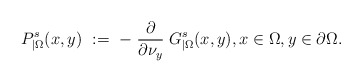
\begin{align*}P_{|\Omega}^s(x,y)\ :=\ -\left.\frac{\partial}{\partial\nu_y}\right. G^s_{|\Omega}(x,y), x\in\Omega, y\in\partial\Omega.\end{align*}